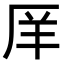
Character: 𫨇